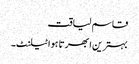
قاسم لیاقت
بہترین ابھرتا ہوا ٹیلنٹ۔